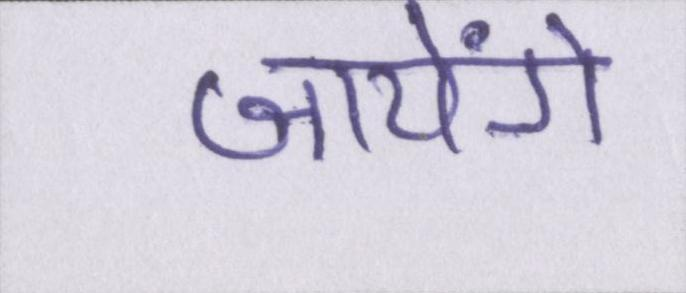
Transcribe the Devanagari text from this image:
जायेंगे